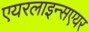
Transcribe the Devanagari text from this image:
एयरलाइन्सएयर